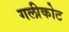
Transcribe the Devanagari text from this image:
गलीकोट